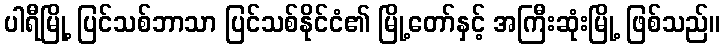
ပါရီမြို့ ပြင်သစ်ဘာသာ ပြင်သစ်နိုင်ငံ၏ မြို့တော်နှင့် အကြီးဆုံးမြို့ ဖြစ်သည်။